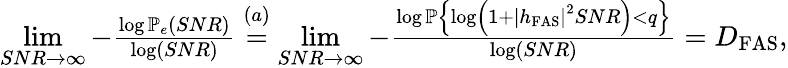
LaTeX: \begin{array}{r}{\underset{SNR\rightarrow\infty}{\operatorname*{lim}}-\frac{\log\mathcal{\mathbb{P}}_{e}\left(SNR\right)}{\log\left(SNR\right)}\overset{\left(a\right)}{=}\underset{SNR\rightarrow\infty}{\operatorname*{lim}}-\frac{\log\mathcal{\mathbb{P}}\left\{ \log\left(1+\left|h_{\mathrm{{FAS}}}\right|^{2}SNR\right)<q\right\} }{\log\left(SNR\right)}=D_{\mathrm{{FAS}}},}\end{array}